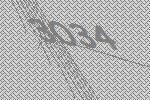
3034